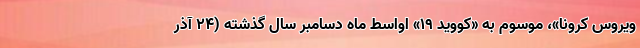
ویروس کرونا»، موسوم به «کووید ۱۹» اواسط ماه دسامبر سال گذشته (۲۴ آذر